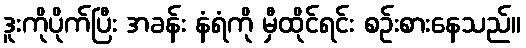
ဒူးကိုပိုက်ပြီး အခန်း နံရံကို မှီထိုင်ရင်း စဉ်းစားနေသည်။